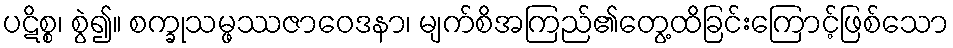
ပဋိစ္စ၊ စွဲ၍။ စက္ခုသမ္ဖဿဇာဝေဒနာ၊ မျက်စိအကြည်၏တွေ့ထိခြင်းကြောင့်ဖြစ်သော